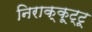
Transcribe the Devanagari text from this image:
निराक्कूट्टू